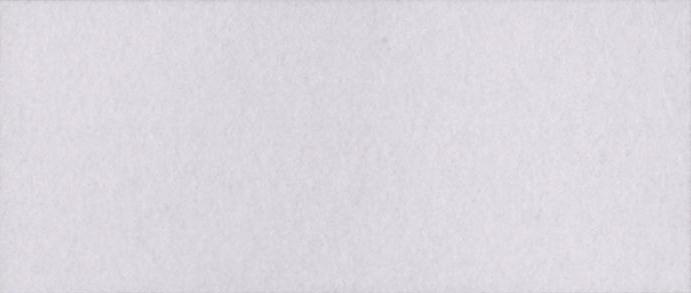
कर्मठ